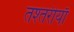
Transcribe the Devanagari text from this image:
तश्तरीयाँ